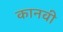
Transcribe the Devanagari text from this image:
कानवी